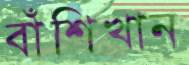
বাঁশিখান